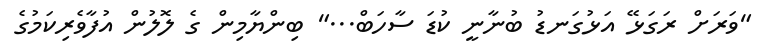
"ވަރަށް ރަގަޅޭ އަޅުގަނޑު ބުނާނީ ކުޑަ ސާހަބް..." ބިންޔާމިން ގެ ލޮލުން އުފާވެރިކަމުގެ